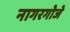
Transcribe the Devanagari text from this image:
नागरगोजे